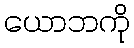
ယောဘကို